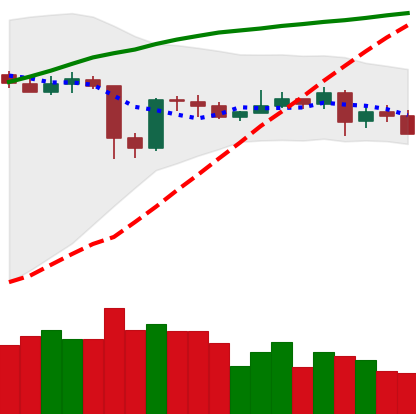
Ticker: XLM-USD
Chart end date: 2020-05-24
Forward return: 4.65%
Label: up_3_5